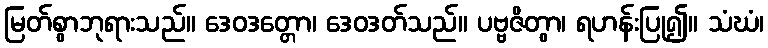
မြတ်စွာဘုရားသည်။ ဒေဝဒတ္တော၊ ဒေဝဒတ်သည်။ ပဗ္ဗဇိတွာ၊ ရဟန်းပြု၍။ သံဃံ၊